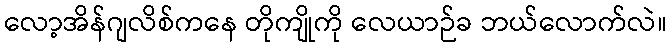
လော့အိန်ဂျလိစ်ကနေ တိုကျိုကို လေယာဉ်ခ ဘယ်လောက်လဲ။